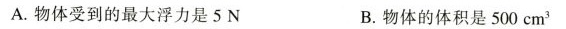
A. 物体受到的最大浮力是5N B. 物体的体积是500cm^{3}